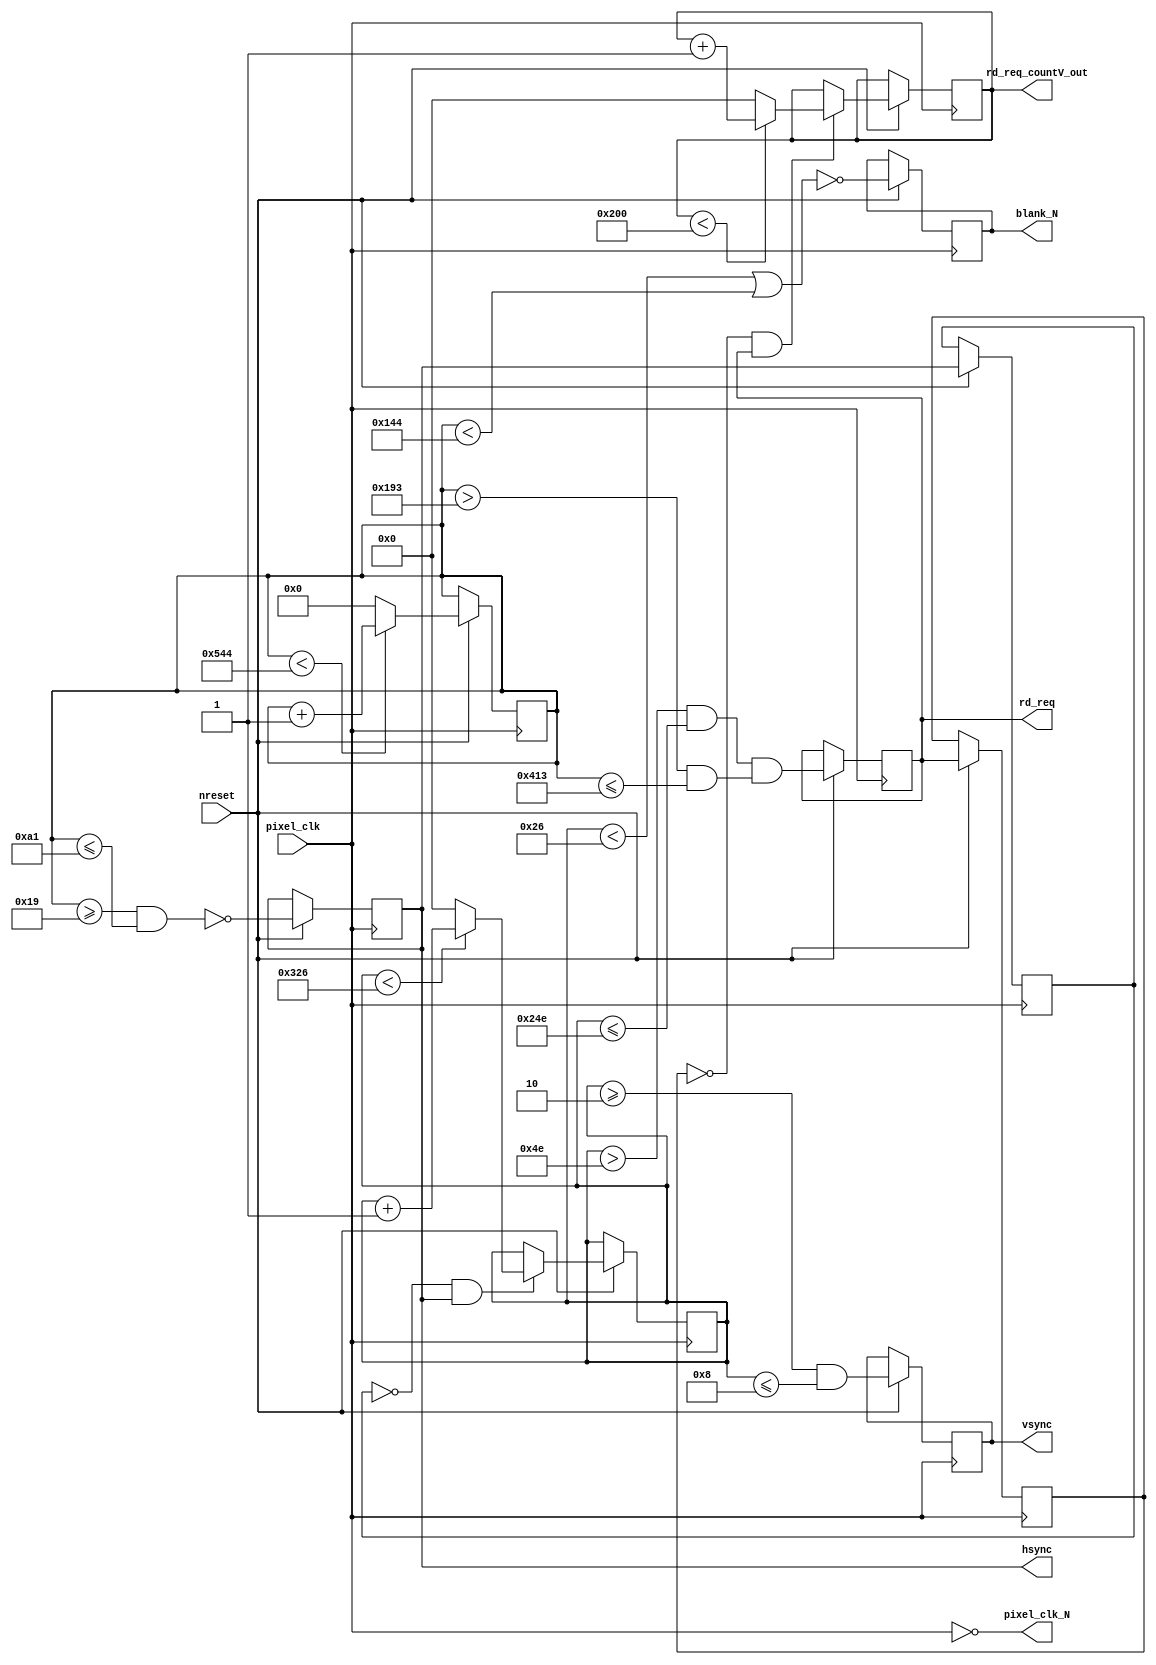
module vga_sync_generator(			nreset,
									pixel_clk,    
                                    hsync,
                                    vsync,
                                    blank_N,
                                    pixel_clk_N,
									rd_req,
									rd_req_countV_out);

// frame out parametersrs
parameter FRAME_X_SIZE	= 640;
parameter FRAME_Y_SIZE	= 512;

// horizontal parameters
parameter H_ACTIVE_VIDEO= 1024;
parameter H_FRONT_PORCH = 26; 
parameter H_SYNC_PULSE 	= 136;  
parameter H_BACK_PORCH 	= 162; 
parameter H_BLANK_PIX 	= H_FRONT_PORCH + H_SYNC_PULSE + H_BACK_PORCH;
parameter H_TOTAL_PIX 	= H_ACTIVE_VIDEO + H_BLANK_PIX;
 
// vertical parameters
parameter V_ACTIVE_VIDEO= 768;                           
parameter V_FRONT_PORCH = 3;  
parameter V_SYNC_PULSE 	= 6;	  
parameter V_BACK_PORCH 	= 29; 
parameter V_BLANK_PIX 	= V_FRONT_PORCH + V_SYNC_PULSE + V_BACK_PORCH;
parameter V_TOTAL_PIX 	= V_ACTIVE_VIDEO + V_BLANK_PIX;
                   
input nreset;						 
input pixel_clk;
 
output hsync;
output vsync;
output blank_N;
output pixel_clk_N;
output rd_req;
output [10:0] rd_req_countV_out;
 
reg [10:0] countV;
reg [11:0] countH;

reg [10:0] rd_req_countV;

reg hsync_pre;
reg rd_req_pre;
reg sig_hsync;
reg sig_vsync;
reg sig_rdreq;
reg sig_blank_N;

assign rd_req_countV_out = rd_req_countV;
assign pixel_clk_N 		 = ~pixel_clk; 
 
assign hsync 					= sig_hsync; 
assign vsync  					= sig_vsync;
assign rd_req 					= sig_rdreq;
assign blank_N  				= sig_blank_N;


always @(posedge pixel_clk)
begin
	if (nreset)
	begin
	sig_blank_N  = ~((countV < V_BLANK_PIX) || (countH < H_BLANK_PIX));  // Blank 
	end
end

always @(posedge pixel_clk)
begin
	if (nreset)
	begin
	sig_hsync  = ~((countH >= H_FRONT_PORCH-1) && (countH <= H_FRONT_PORCH + H_SYNC_PULSE-1));
	end
end

always @(posedge pixel_clk)
begin
	if (nreset)
	begin
	sig_rdreq = (countV > V_BACK_PORCH + V_SYNC_PULSE -1 + 44) && (countV <= V_BACK_PORCH + V_SYNC_PULSE -1 + FRAME_Y_SIZE + 44) && ( ((countH > H_FRONT_PORCH + H_SYNC_PULSE + H_BACK_PORCH + 80 -1) && (countH <= H_FRONT_PORCH + H_SYNC_PULSE + H_BACK_PORCH + 80 + FRAME_X_SIZE -1)) );
	end
end

always @(posedge pixel_clk)
begin
	if (nreset)
	begin
	sig_vsync  = (countV >= V_FRONT_PORCH-1) && (countV <= V_FRONT_PORCH + V_SYNC_PULSE-1);
	end
end
 
always @(posedge pixel_clk)
begin
	if (nreset)
	begin
    if (countH < H_TOTAL_PIX)
        countH <= countH + 1'b1;
    else
        countH <= 0;
	end
end
  
always @(posedge pixel_clk)
begin
	if (nreset)
	begin
	 hsync_pre <= hsync;
	 if ((!hsync_pre) && (hsync))
		begin
			if (countV < V_TOTAL_PIX)
			  countV <= countV + 1'b1;
			else
			  countV <= 0;
		end
	end
end

 
always @(posedge pixel_clk)
begin
	if (nreset)
	begin
	 rd_req_pre <= rd_req;
	 if ((!rd_req_pre) && (rd_req))
		begin
			if (rd_req_countV < FRAME_Y_SIZE)
			  rd_req_countV <= rd_req_countV + 1'b1;
			else
			  rd_req_countV <= 0;
		end
	end
end


endmodule